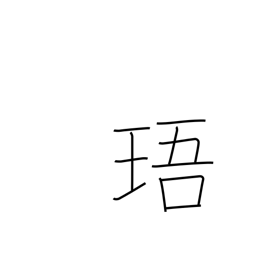
Meaning: jewel